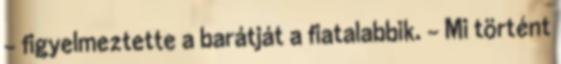
- figyelmeztette a barátját a fiatalabbik. - Mi történt